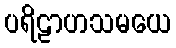
ပရိဠာဟသမယေ